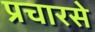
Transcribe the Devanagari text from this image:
प्रचारसे